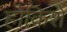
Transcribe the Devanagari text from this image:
होकिशे